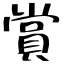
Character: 賞